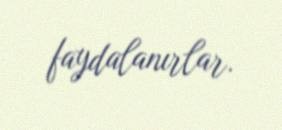
faydalanırlar.